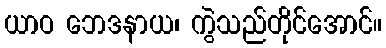
ယာဝ ဘေဒနာယ၊ ကွဲသည်တိုင်အောင်။